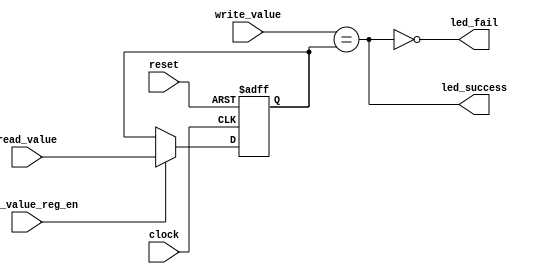
module Comparador(clock, reset, write_value, read_value, 
	read_value_reg_en, led_success, led_fail);
	input clock, reset, read_value_reg_en;
	input [3:0] write_value, read_value;
	output led_success, led_fail;
	reg [3:0] read_value_reg;
	assign led_success = (write_value == read_value_reg);
	assign led_fail = ~led_success;
	always @( posedge clock or posedge reset)
		begin
			if(reset)
				begin
					read_value_reg <= 4'b0;
				end
			else if (read_value_reg_en)
				begin
					read_value_reg <= read_value;
				end
		end
endmodule